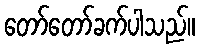
တော်တော်ခက်ပါသည်။